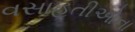
વસાહતીઓના